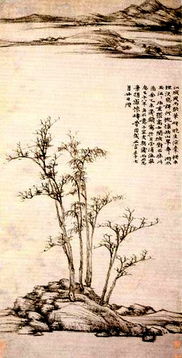
伤心莫问前朝事，重上越王台。